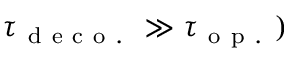
\tau _ { \mathrm { ~ d ~ e ~ c ~ o ~ . ~ } } \gg \tau _ { \mathrm { ~ o ~ p ~ . ~ } } )